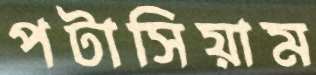
পটাসিয়াম